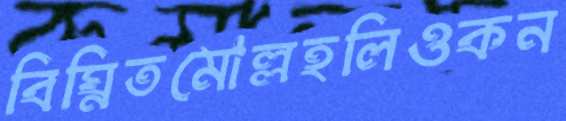
বিঘ্নিতমোল্লহলিওকন